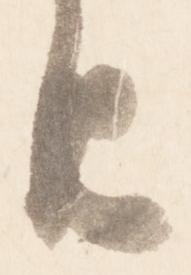
由